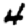
Digit: 4